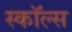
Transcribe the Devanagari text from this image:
स्कॉल्स